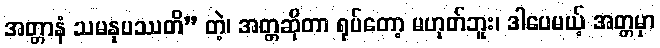
အတ္တာနံ သမနုပဿတိ” တဲ့၊ အတ္တဆိုတာ ရုပ်တော့ မဟုတ်ဘူး၊ ဒါပေမယ့် အတ္တမှာ